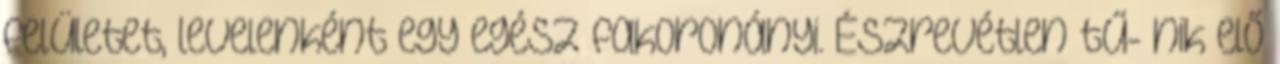
felületet, levelenként egy egész fakoronányi. Észrevétlen tű- nik elő